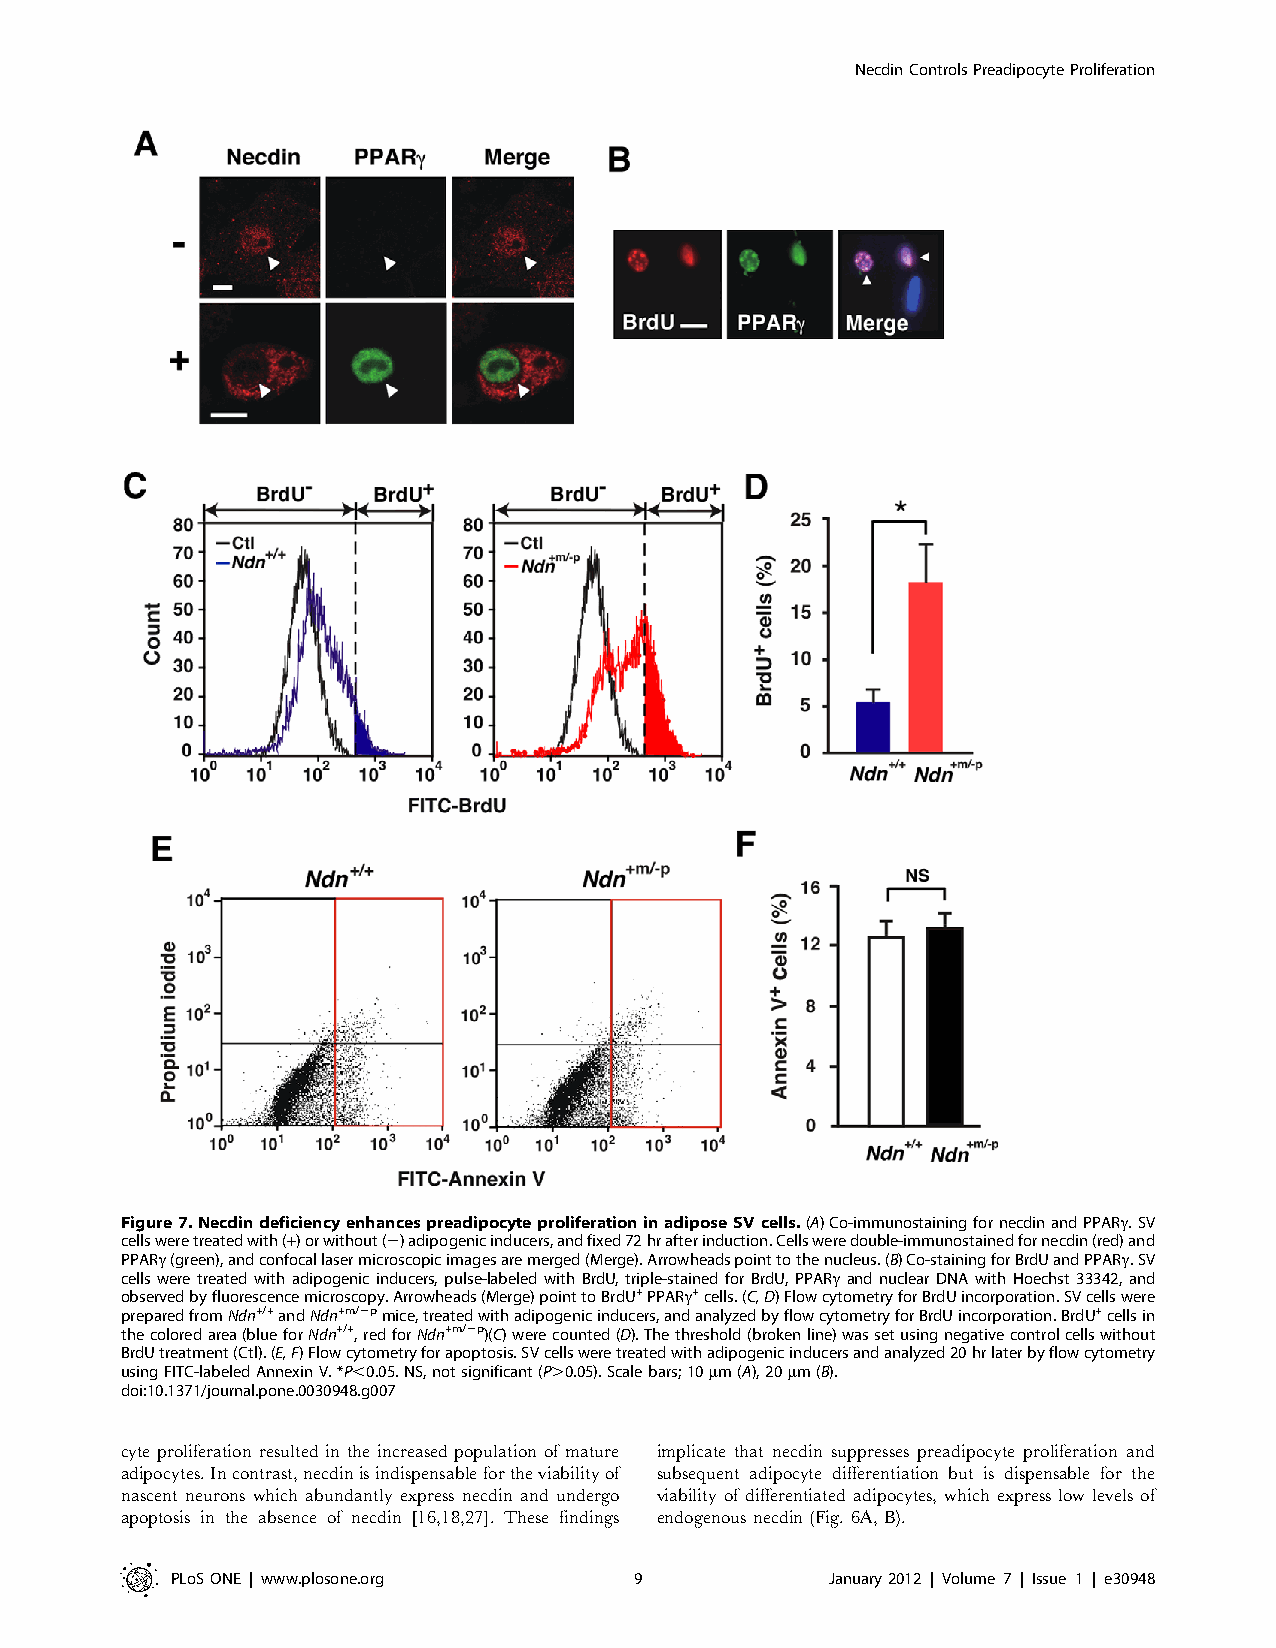
NecdinControlsPreadipocyteProliferation
 Figure7.NecdindeficiencyenhancespreadipocyteproliferationinadiposeSVcells.(A)Co-immunostainingfornecdinandPPARc.SV
 cellsweretreatedwith(+)orwithout(2)adipogenicinducers,andfixed72hrafterinduction.Cellsweredouble-immunostainedfornecdin(red)and
 PPARc(green),andconfocallasermicroscopicimagesaremerged(Merge).Arrowheadspointtothenucleus.(B)Co-stainingforBrdUandPPARc.SV
 cells were treated with adipogenic inducers, pulse-labeled with BrdU, triple-stained for BrdU, PPARc and nuclear DNA with Hoechst 33342, and
 observedbyfluorescencemicroscopy.Arrowheads(Merge)pointtoBrdU+PPARc+cells.(C,D)FlowcytometryforBrdUincorporation.SVcellswere
 preparedfromNdn+/+andNdn+m/2pmice,treatedwithadipogenicinducers,andanalyzedbyflowcytometryforBrdUincorporation.BrdU+cellsin
 thecoloredarea(blueforNdn+/+,redforNdn+m/2p)(C)werecounted(D).Thethreshold(brokenline)wassetusingnegativecontrolcellswithout
 BrdUtreatment(Ctl).(E,F)Flowcytometryforapoptosis.SVcellsweretreatedwithadipogenicinducersandanalyzed20hrlaterbyflowcytometry
 usingFITC-labeledAnnexinV.*P,0.05.NS,notsignificant(P.0.05).Scalebars;10mm(A),20mm(B).
 doi:10.1371/journal.pone.0030948.g007
 cyte proliferation resulted in the increased population of mature implicate that necdin suppresses preadipocyte proliferation and
 adipocytes.Incontrast,necdinisindispensablefortheviabilityof subsequent adipocyte differentiation but is dispensable for the
 nascent neurons which abundantly express necdin and undergo viability of differentiated adipocytes, which express low levels of
 apoptosis in the absence of necdin [16,18,27]. These findings endogenous necdin (Fig. 6A, B).
 PLoSONE | www.plosone.org      9            January2012 | Volume 7 | Issue 1 | e30948